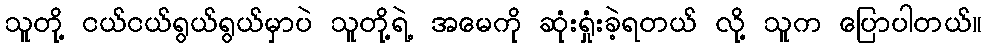
သူတို့ ငယ်ငယ်ရွယ်ရွယ်မှာပဲ သူတို့ရဲ့ အမေကို ဆုံးရှုံးခဲ့ရတယ် လို့ သူက ပြောပါတယ်။